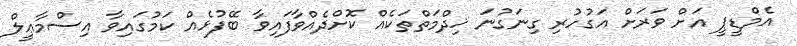
އެމްޑީޕީ އަށް ވަރަށް އަގުހުރި ގިނަގުނަ ޚިދްމަތްތަކެއް ކޮށްދެއްވާފައިވާ ބޭފުޅެއް ކަމުގައިވާ އިސްމާޢީލް